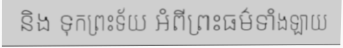
និង ទុកព្រះទ័យ អំពីព្រះធម៌ទាំងឡាយ